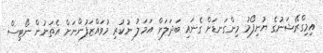
އިމިގްރޭޝަނުގެ ޔުނިފޯމު މިންގަނޑަށް ގެނައި ބަދަލަށް އަމަލު ނުކުރި މުވައްޒަފުންނަށް އެތަނުން ނޯޓިސް